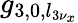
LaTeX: g_{3,0,l_{3\nu_{x}}}